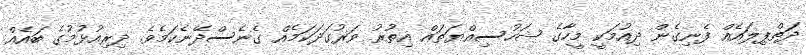
ދަތްޕިލައެއް ފެނިގެން ދިއުމަކީ މީހާގެ ޝަހުސިއްޔަތައް އިތުރު ވަރުގަދަކަމެއް ގެނެސްދޭނެކަމެވެ. ދިރިއުޅުމުގެ ބައެއް